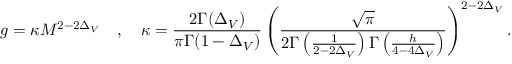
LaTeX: g = \kappa M ^ { 2 - 2 \Delta _ { V } } \quad , \quad \kappa = \frac { 2 \Gamma ( \Delta _ { V } ) } { \pi \Gamma ( 1 - \Delta _ { V } ) } \left( \frac { \sqrt { \pi } } { 2 \Gamma \left( \frac { 1 } { 2 - 2 \Delta _ { V } } \right) \Gamma \left( \frac { h } { 4 - 4 \Delta _ { V } } \right) } \right) ^ { 2 - 2 \Delta _ { V } } .